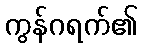
ကွန်ဂရက်၏